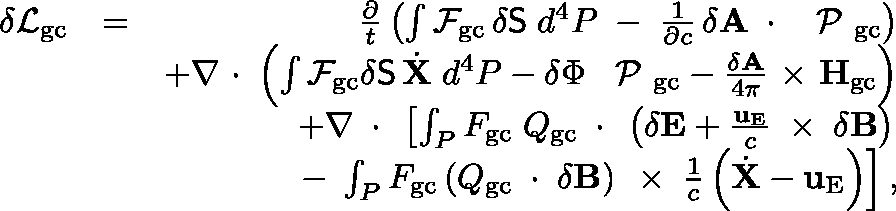
\begin{array} { r l r } { \delta { \cal L } _ { \mathrm { g c } } } & { = } & { \frac { \partial } { t } \left( \int { \cal F } _ { \mathrm { g c } } \, \delta { \sf S } \; d ^ { 4 } P \; - \; \frac { 1 } { \partial c } \, \delta { \bf A } \, \mathrm { \boldmath ~ \cdot ~ } \, \mathrm { \boldmath ~ \cal ~ P ~ } _ { \mathrm { g c } } \right) } \\ & { } & { + \nabla \mathrm { \boldmath ~ \cdot ~ } \left( \int { \cal F } _ { \mathrm { g c } } \delta { \sf S } \, \dot { \bf X } \; d ^ { 4 } P - \delta \Phi \, \mathrm { \boldmath ~ \cal ~ P ~ } _ { \mathrm { g c } } - \frac { \delta { \bf A } } { 4 \pi } \mathrm { \boldmath ~ \times ~ } { \bf H } _ { \mathrm { g c } } \right) } \\ & { } & { + \nabla \, \mathrm { \boldmath ~ \cdot ~ } \, \left[ \int _ { P } F _ { \mathrm { g c } } \; \mathbb { Q } _ { \mathrm { g c } } \, \mathrm { \boldmath ~ \cdot ~ } \, \left( \delta { \bf E } + \frac { { \bf u } _ { \mathrm { E } } } { c } \, \mathrm { \boldmath ~ \times ~ } \, \delta { \bf B } \right) \right. } \\ & { } & { \left. - \; \int _ { P } F _ { \mathrm { g c } } \left( \mathbb { Q } _ { \mathrm { g c } } \, \mathrm { \boldmath ~ \cdot ~ } \, \delta { \bf B } \right) \, \mathrm { \boldmath ~ \times ~ } \, \frac { 1 } { c } \left( \dot { \bf X } - { \bf u } _ { \mathrm { E } } \right) \right] , } \end{array}